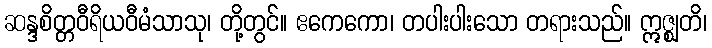
ဆန္ဒစိတ္တဝီရိယဝီမံသာသု၊ တို့တွင်။ ဧကေကော၊ တပါးပါးသော တရားသည်။ ဣဇ္ဈတိ၊